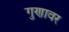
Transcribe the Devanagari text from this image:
गुणावर